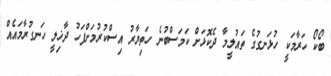
ބޯކޯ ހަރާމަކީ ހުޅަނގުގެ ތައުލީމާ ދެކޮޅަށް ކަމަސްބުނެ ހަތިޔާރު އިސްކުރުމަށްފަހު ދާޚިލީ ހަނގުރާމައެއް